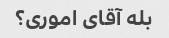
بله آقای اموری؟